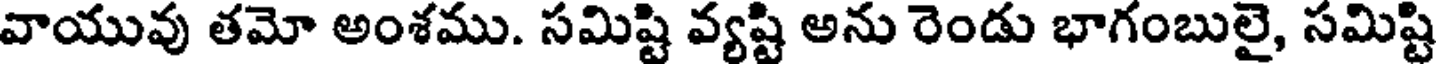
వాయువు తమో అంశము. సమిష్టి వ్యష్టి అను రెండు భాగంబులై, సమిష్టి